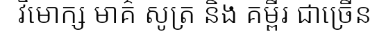
វិមោក្ស មាគ៌ សូត្រ និង គម្ពីរ ជាច្រើន